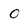
Character: O